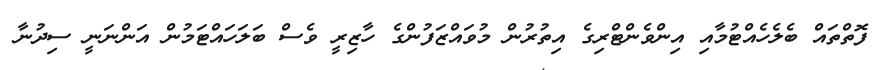
ފޮތްތައް ބެލެހެއްޓުމާއި އިންވެންޓްރިގެ އިތުރުން މުވައްޒަފުންގެ ހާޒިރީ ވެސް ބަލަހައްޓަމުން އަންނަނީ ސިދުނާ